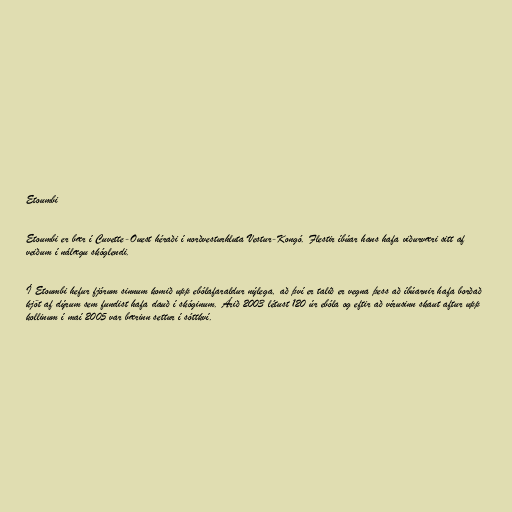
Etoumbi

Etoumbi er bær í Cuvette-Ouest héraði í norðvesturhluta Vestur-Kongó. Flestir íbúar hans hafa viðurværi sitt af
veiðum í nálægu skóglendi.

Í Etoumbi hefur fjórum sinnum komið upp ebólafaraldur nýlega, að því er talið er vegna þess að íbúarnir hafa borðað
kjöt af dýrum sem fundist hafa dauð í skóginum. Árið 2003 létust 120 úr ebóla og eftir að vírusinn skaut aftur upp
kollinum í maí 2005 var bærinn settur í sóttkví.